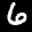
Label: 6